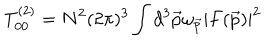
T _ { 0 0 } ^ { ( 2 ) } = { N ^ { 2 } ( 2 \pi ) ^ { 3 } } \int { { d ^ { 3 } \vec { p } \omega _ { \vec { p } } } \left| F ( \vec { p } ) \right| ^ { 2 } }